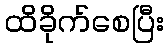
ထိခိုက်စေပြီး